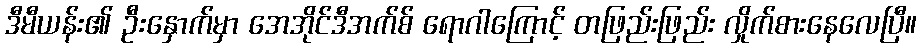
ဒီမီယန်း၏ ဦးနှောက်မှာ အေအိုင်ဒီအက်စ် ရောဂါကြောင့် တဖြည်းဖြည်း လှိုက်စားနေလေပြီ။